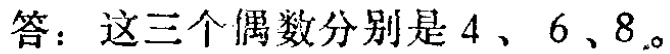
答：这三个偶数分别是 \(4\)、\(6\)、\(8\)。